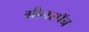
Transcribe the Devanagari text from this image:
ग्रीनस्पॅन